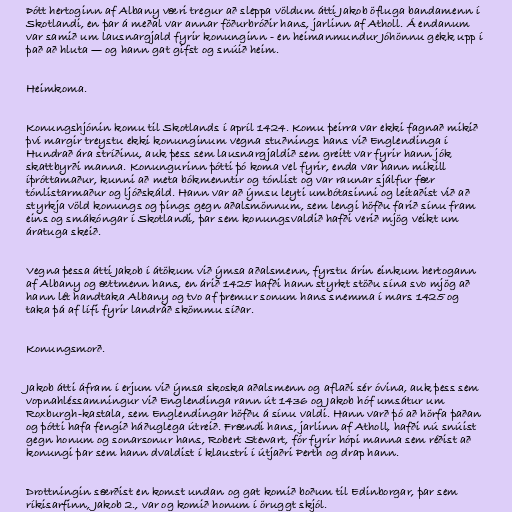
Þótt hertoginn af Albany væri tregur að sleppa völdum átti Jakob öfluga bandamenn í
Skotlandi, en þar á meðal var annar föðurbróðir hans, jarlinn af Atholl. Á endanum
var samið um lausnargjald fyrir konunginn - en heimanmundur Jóhönnu gekk upp í
það að hluta — og hann gat gifst og snúið heim.

Heimkoma.

Konungshjónin komu til Skotlands í apríl 1424. Komu þeirra var ekki fagnað mikið
því margir treystu ekki konunginum vegna stuðnings hans við Englendinga í
Hundrað ára stríðinu, auk þess sem lausnargjaldið sem greitt var fyrir hann jók
skattbyrði manna. Konungurinn þótti þó koma vel fyrir, enda var hann mikill
íþróttamaður, kunni að meta bókmenntir og tónlist og var raunar sjálfur fær
tónlistarmaður og ljóðskáld. Hann var að ýmsu leyti umbótasinni og leitaðist við að
styrkja völd konungs og þings gegn aðalsmönnum, sem lengi höfðu farið sínu fram
eins og smákóngar í Skotlandi, þar sem konungsvaldið hafði verið mjög veikt um
áratuga skeið.

Vegna þessa átti Jakob í átökum við ýmsa aðalsmenn, fyrstu árin einkum hertogann
af Albany og ættmenn hans, en árið 1425 hafði hann styrkt stöðu sína svo mjög að
hann lét handtaka Albany og tvo af þremur sonum hans snemma í mars 1425 og
taka þá af lífi fyrir landráð skömmu síðar.

Konungsmorð.

Jakob átti áfram í erjum við ýmsa skoska aðalsmenn og aflaði sér óvina, auk þess sem
vopnahléssamningur við Englendinga rann út 1436 og Jakob hóf umsátur um
Roxburgh-kastala, sem Englendingar höfðu á sínu valdi. Hann varð þó að hörfa þaðan
og þótti hafa fengið háðuglega útreið. Frændi hans, jarlinn af Atholl, hafði nú snúist
gegn honum og sonarsonur hans, Robert Stewart, fór fyrir hópi manna sem réðist að
konungi þar sem hann dvaldist í klaustri í útjaðri Perth og drap hann.

Drottningin særðist en komst undan og gat komið boðum til Edinborgar, þar sem
ríkisarfinn, Jakob 2., var og komið honum í öruggt skjól.